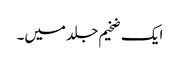
ایک ضخیم جلد میں۔